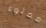
مملوء